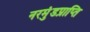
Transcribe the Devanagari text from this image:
नरमुंडप्राप्ति